Annual report on the working of the lock hospitals in the Central Provinces
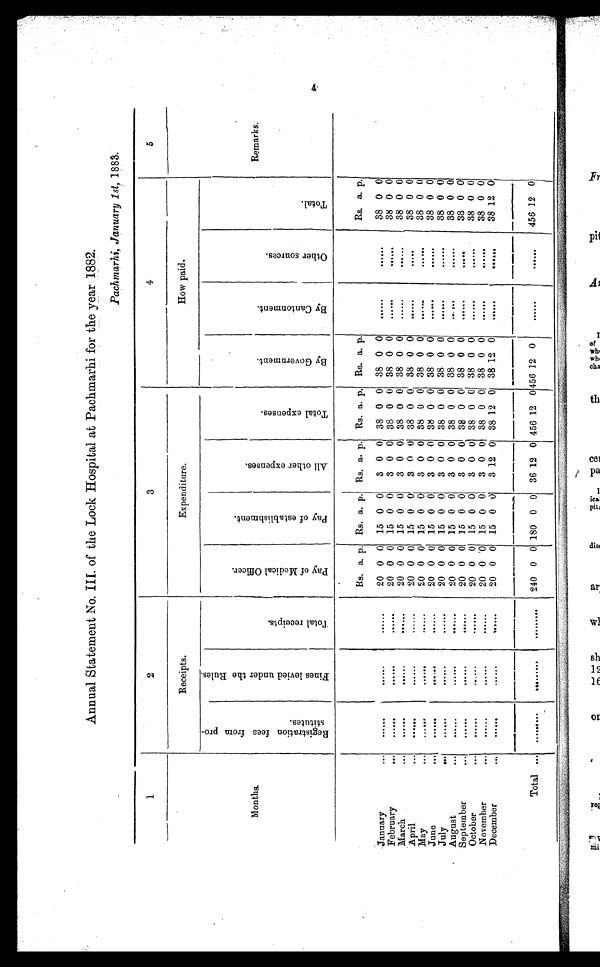
Annual Statement No.III of the Lock Hospital at Pachmarhi for the year 1882.
Pachmarhi, January 1st, 1 883.
1
2
3
4
5
Months.
Receipts.
Expenditure.
How paid.
B y C a n t o n m e n t .
O t h e r s o u r c e s .
T o t a l .
Remarks.
R e g i s t r a t i o n f e e s f r o m p r o s t i t u t e s .
F i n e s l e i v e d u n d e r t h e R u l e s .
T o t a l r e c e i p t s .
P a y o f M e d i c a l O f f i c e r .
P a y o f e s t a b l i s h m e n t .
A l l o t h e r e x p e n s e s .
T o t a l e x p e n s e s .
B y G o v e r n m e n t .
Rs. a. p. Rs. a . p. Rs. a. p.
Rs. a. p.
Rs. a. p.
Rs. a. p.
January
. . .
...
. . .
. . .
20 0 0
15 0 0
3 0 0
38 0 0
38 0 0
. . .
. . .
38 0 0
February
. . .
. . .
. . .
. . .
20 0 0
15 0 0
3 0 0
38 0 0
38 0 0
. . .
. . .
38 0 0
March
. . .
. . .
. . .
. . .
20 0 0
15 0 0
3 0 0
38 0 0
38 0 0
. . .
. . .
38 0 0
A p r i l
. . .
. . .
. . .
. . .
20 0 0
15 0 0
3 0 0
38 0 0
38 0 0
. . .
. . .
38 0
0
May
. . .
. . .
. . .
. . .
20 0 0
15 0 0
3 0 0
38 0 0
38 0 0
. . .
. . .
38 0
0
June
. . .
. . .
. . .
. . .
20 0 0
15 0 0
3 0 0
38 0 0
38 0 0
. . .
. . .
38 0 0
July
. . .
...
. . .
. . .
20 0 0
15 0 0
3 0 0
38 0 0
38 0 0
. . .
. . .
38 0 0
August
. . .
...
. . .
. . .
20 0 0
15 0 0
3 0 0
38 0 0
38 0 0
. . .
. . .
38 0 0
September
. . .
...
. . .
. . .
20 0 0
15 0 0
3 0 0
38 0 0
38 0 0
. . .
. . .
38 0 0
October
. . .
. . .
. . .
. . .
20 0 0
15 0 0
3 0 0
38 0 0
38 0 0
38 0 0
November
. . . ...
. . .
. . .
20 0 0
15 0 0
3 0 0
38 0 0
38 0 0
. . .
. . .
38 0 0
December
. . .
. . .
. . .
. . .
20 0 0
15 0
0
3 12 0
38
1 2
0
38 12 0
. . .
. . .
38 12 0
Total ...
. . .
...
. . .
240 0 0 180 0 0
36
1 2 0 456
1 2 0 456
1 2
0
. . .
. . . 456 12 0